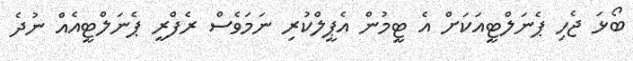
ބޯޅަ ޖެހި ޕެނަލްޓީއަކަށް އެ ޓީމުން އެޕީލްކުރި ނަމަވެސް ރެފްރީ ޕެނަލްޓީއެއް ނުދެ